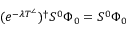
( e ^ { - \lambda T ^ { \angle } } ) ^ { \dag } S ^ { 0 } \Phi _ { 0 } = S ^ { 0 } \Phi _ { 0 }